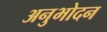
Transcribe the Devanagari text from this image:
अनुभोदन